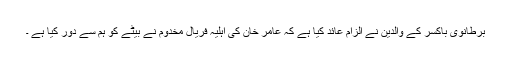
برطانوی باکسر کے والدین نے الزام عائد کیا ہے کہ عامر خان کی اہلیہ فریال مخدوم نے بیٹے کو ہم سے دور کیا ہے ۔